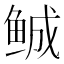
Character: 𲍒